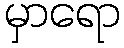
မှာရော